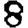
Digit: 8